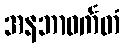
အနဘာဝင်္ကတံ